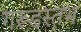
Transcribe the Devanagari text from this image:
गरूडस्तंभ